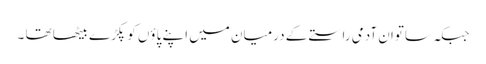
جبکہ ساتوان آدمی راستے کے درمیان میں اپنے پاؤں کو پکڑے بیٹھا تھا ۔